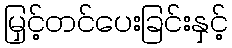
မြှင့်တင်ပေးခြင်းနှင့်